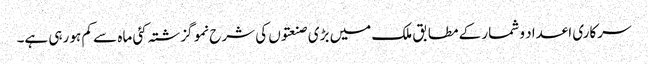
سرکاری اعداد و شمار کے مطابق ملک میں بڑی صنعتوں کی شرح نمو گزشتہ کئی ماہ سے کم ہو رہی ہے۔